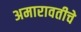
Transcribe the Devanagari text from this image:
अमारावतीचे